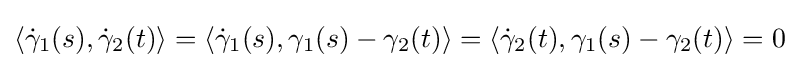
\langle {\dot {\gamma }}_{1}(s),{\dot {\gamma }}_{2}(t)\rangle =\langle {\dot {\gamma }}_{1}(s),\gamma _{1}(s)-\gamma _{2}(t)\rangle =\langle {\dot {\gamma }}_{2}(t),\gamma _{1}(s)-\gamma _{2}(t)\rangle =0